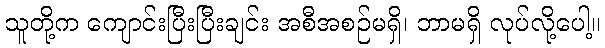
သူတို့က ကျောင်းပြီးပြီးချင်း အစီအစဉ်မရှိ၊ ဘာမရှိ လုပ်လို့ပေါ့။